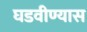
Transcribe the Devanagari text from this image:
घडवीण्यास